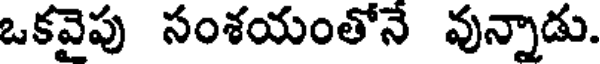
ఒకవైపు సంశయంతోనే వున్నాడు.